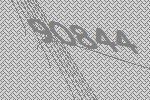
90844